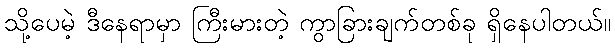
သို့ပေမဲ့ ဒီနေရာမှာ ကြီးမားတဲ့ ကွာခြားချက်တစ်ခု ရှိနေပါတယ်။